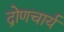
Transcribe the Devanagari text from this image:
द्रोणचार्य